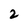
Character: 2